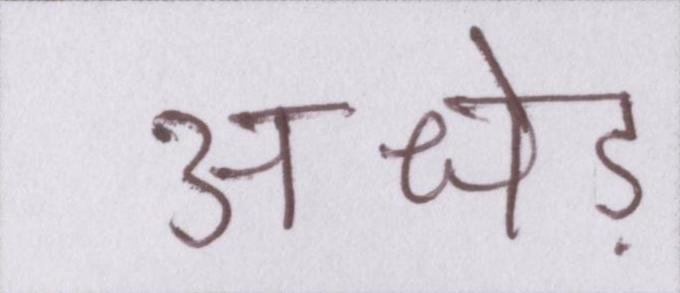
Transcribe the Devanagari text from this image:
अधेड़